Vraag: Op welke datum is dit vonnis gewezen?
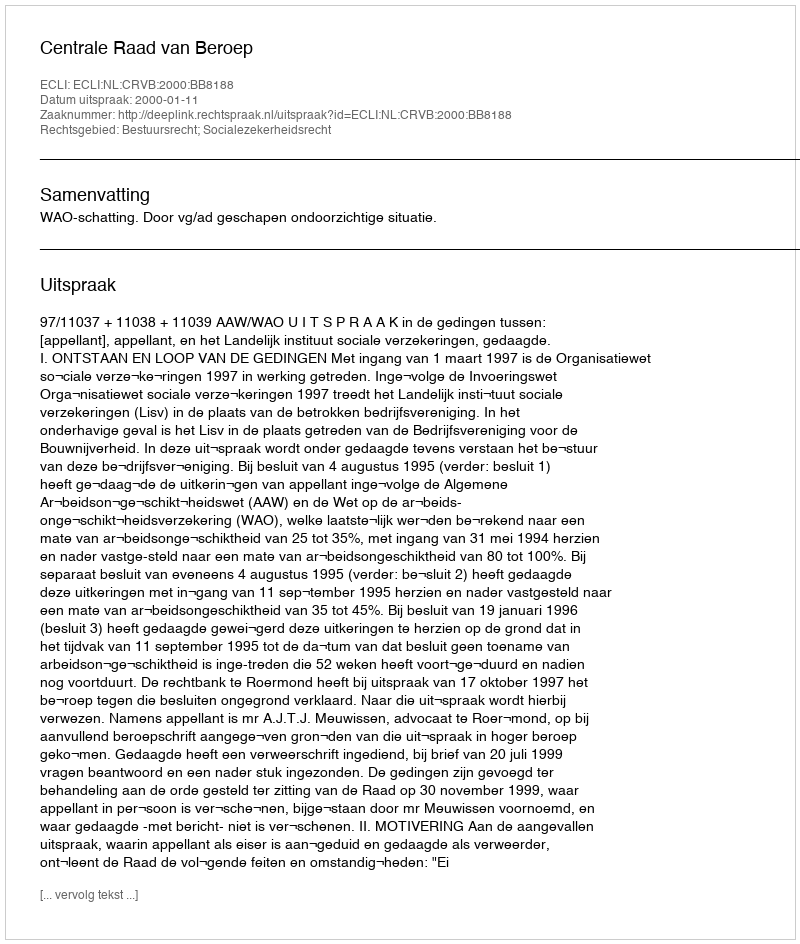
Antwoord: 2000-01-11